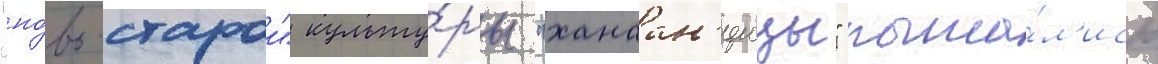
"но́во-старои" культу́ры "ханаан'еицы" пыта́л'ись